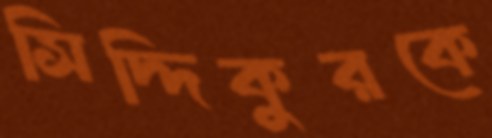
সিদ্দিকুরকে